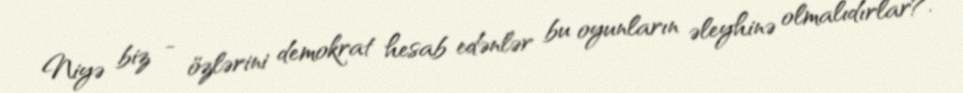
Niyə biz - özlərini demokrat hesab edənlər bu oyunların əleyhinə olmalıdırlar?.